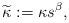
LaTeX: \begin{align*}\widetilde{\kappa}:=\kappa s^{\beta},\end{align*}